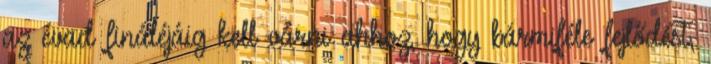
az évad fináléjáig kell várni ahhoz, hogy bármiféle fejlődést,